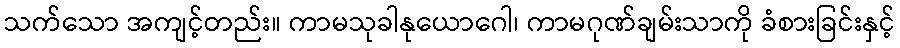
သက်သော အကျင့်တည်း။ ကာမသုခါနုယောဂေါ၊ ကာမဂုဏ်ချမ်းသာကို ခံစားခြင်းနှင့်